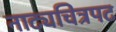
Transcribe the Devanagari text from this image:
नाट्यचित्रपट